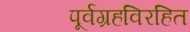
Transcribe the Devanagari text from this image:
पूर्वग्रहविरहित